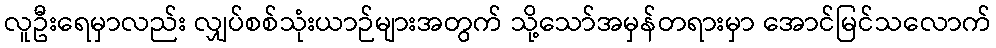
လူဦးရေမှာလည်း လျှပ်စစ်သုံးယာဉ်များအတွက် သို့သော်အမှန်တရားမှာ အောင်မြင်သလောက်